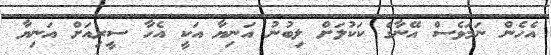
އެހެން ނަމަވެސް އޭނާގެ ކަކުލަށް ލިބުނު އަނިޔާ އަކީ އެހާ ސީރިއަށް އަނިޔާ